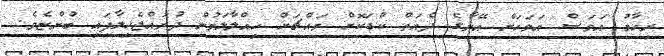
ރިހާމު އަވަސް އަވަހަށް އޭނާގެ ދެއަތް ކުޑަކޮށް މައްޗަށް ހިއްލާލަމުން ދުރައްޖެހިލާފައި ބުންޏެވެ.